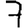
Digit: 7